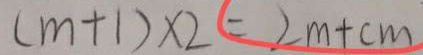
( m + 1 ) \times 2 = 2 m + c m